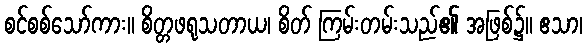
စင်စစ်သော်ကား။ စိတ္တဖရုသတာယ၊ စိတ် ကြမ်းတမ်းသည်၏ အဖြစ်၌။ ဧသာ၊